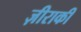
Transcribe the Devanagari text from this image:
ज़ीराकी